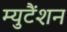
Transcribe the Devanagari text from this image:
म्युटैंशन